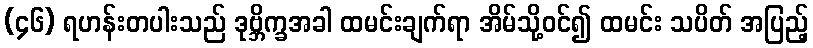
(၄၆) ရဟန်းတပါးသည် ဒုဗ္ဘိက္ခအခါ ထမင်းချက်ရာ အိမ်သို့ဝင်၍ ထမင်း သပိတ် အပြည့်